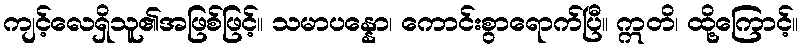
ကျင့်လေရှိသူ၏အဖြစ်ဖြင့်။ သမာပန္နော၊ ကောင်းစွာရောက်ပြီ။ ဣတိ၊ ထို့ကြောင့်။